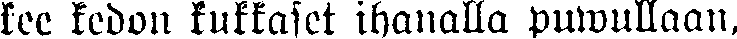
kee kedon kukkaset ihanalla puwullaan,